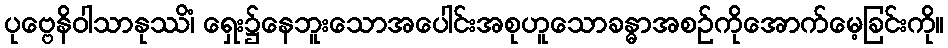
ပုဗ္ဗေနိဝါသာနုဿိံ၊ ရှေး၌နေဘူးသောအပေါင်းအစုဟူသောခန္ဓာအစဉ်ကိုအောက်မေ့ခြင်းကို။